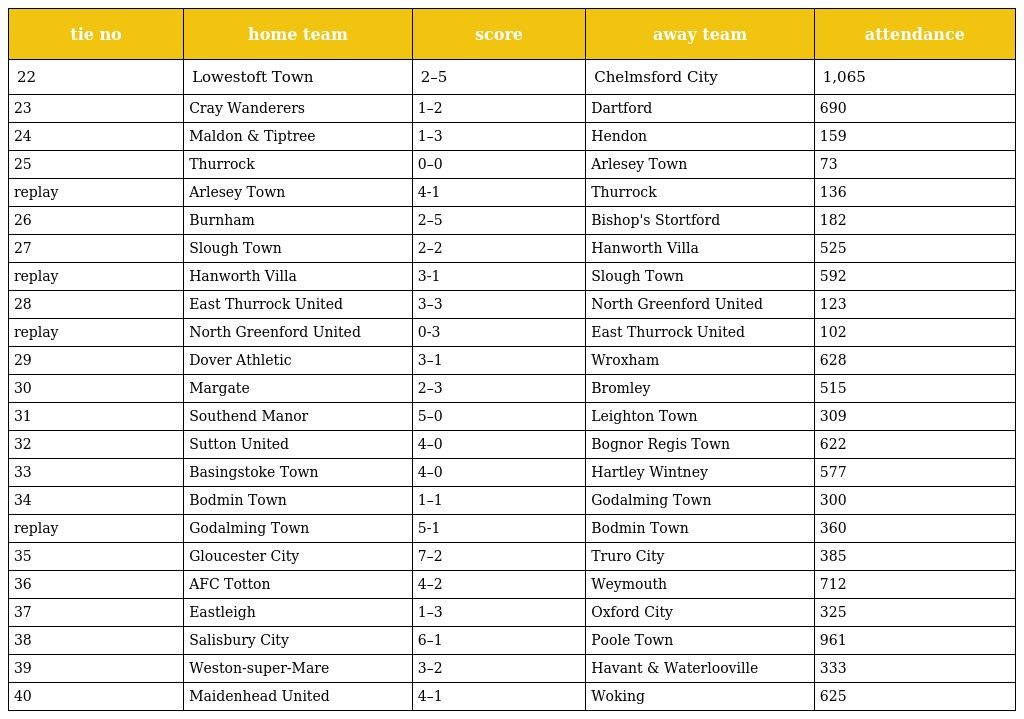
| tie no | home team | score | away team | attendance |
 | --- | --- | --- | --- | --- |
 | 22 | Lowestoft Town | 2–5 | Chelmsford City | 1,065 |
 | 23 | Cray Wanderers | 1–2 | Dartford | 690 |
 | 24 | Maldon & Tiptree | 1–3 | Hendon | 159 |
 | 25 | Thurrock | 0–0 | Arlesey Town | 73 |
 | replay | Arlesey Town | 4-1 | Thurrock | 136 |
 | 26 | Burnham | 2–5 | Bishop's Stortford | 182 |
 | 27 | Slough Town | 2–2 | Hanworth Villa | 525 |
 | replay | Hanworth Villa | 3-1 | Slough Town | 592 |
 | 28 | East Thurrock United | 3–3 | North Greenford United | 123 |
 | replay | North Greenford United | 0-3 | East Thurrock United | 102 |
 | 29 | Dover Athletic | 3–1 | Wroxham | 628 |
 | 30 | Margate | 2–3 | Bromley | 515 |
 | 31 | Southend Manor | 5–0 | Leighton Town | 309 |
 | 32 | Sutton United | 4–0 | Bognor Regis Town | 622 |
 | 33 | Basingstoke Town | 4–0 | Hartley Wintney | 577 |
 | 34 | Bodmin Town | 1–1 | Godalming Town | 300 |
 | replay | Godalming Town | 5-1 | Bodmin Town | 360 |
 | 35 | Gloucester City | 7–2 | Truro City | 385 |
 | 36 | AFC Totton | 4–2 | Weymouth | 712 |
 | 37 | Eastleigh | 1–3 | Oxford City | 325 |
 | 38 | Salisbury City | 6–1 | Poole Town | 961 |
 | 39 | Weston-super-Mare | 3–2 | Havant & Waterlooville | 333 |
 | 40 | Maidenhead United | 4–1 | Woking | 625 |